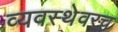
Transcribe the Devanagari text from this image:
व्यवस्थेवरच